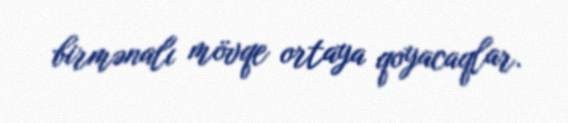
birmənalı mövqe ortaya qoyacaqlar.